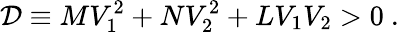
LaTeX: {\cal D}\equiv MV_{1}^{2}+NV_{2}^{2}+LV_{1}V_{2}>0\ .